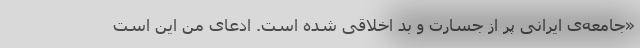
«جامعه‌ی ایرانی پر از جسارت و بد اخلاقی شده است. ادعای من این است